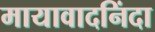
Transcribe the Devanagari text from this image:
मायावादनिंदा